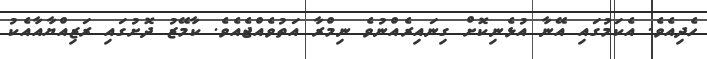
ހެދިއެވެ. އެކަމުގައި އޭނާ އުޅެނިކޮށް ގިނައިރެއްނުވެ ނިމްރާ އަތުވެއްޖެއެވެ. ކާމޭޒު ދޮށުގައި ރަޒިއްޔާއާއެކު